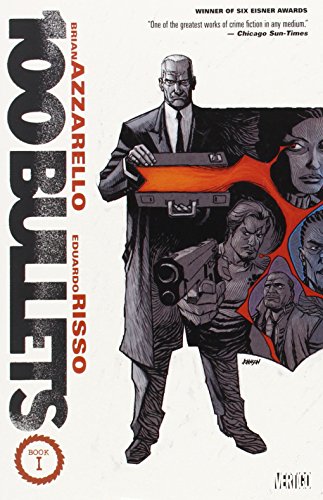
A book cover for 100 Bullets Book One; Brian Azzarello; Comics & Graphic Novels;